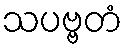
သပဗ္ဗတံ